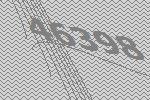
46398